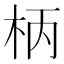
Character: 柄